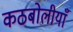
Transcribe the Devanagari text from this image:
कठबोलीयाँ